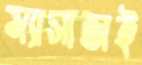
ম্যাসাজই